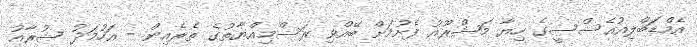
އެމްޑަބްލިއުއެސްސީގެ ހިޔާ މަޝްރޫއު ފެށުމަށް ބޭއްވި ރަސްމިއްޔާތުގެ ތެރެއިން - އަހުމަދު ޝުރާއު